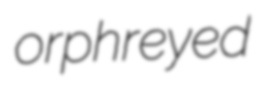
orphreyed